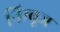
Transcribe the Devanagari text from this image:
निम्बूज